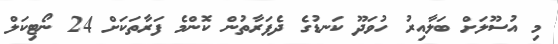
މި އުސޫލަށް ބަލާއިރު ހުވަދޫ ކަނޑުގެ ދެފަރާތުން ކޮންމެ ފަރާތަކަށް 24 ނޯޓިކަލް